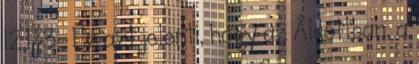
12,1-3 . Ez azt jelenti, hogy az Áldottban, a